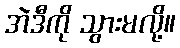
အဲဒီကို သွားမလို့။